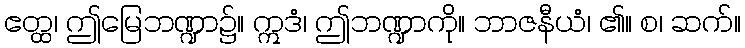
ဧတ္ထ၊ ဤမြေဘဏ္ဍာ၌။ ဣဒံ၊ ဤဘဏ္ဍာကို။ ဘာဇနီယံ၊ ၏။ စ၊ ဆက်။